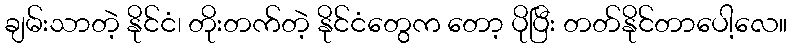
ချမ်းသာတဲ့ နိုင်ငံ၊ တိုးတက်တဲ့ နိုင်ငံတွေက တော့ ပိုပြီး တတ်နိုင်တာပေါ့လေ။